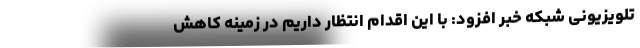
تلویزیونی شبکه خبر افزود: با این اقدام انتظار داریم در زمینه کاهش